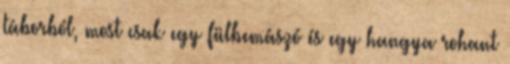
táborból, most csak egy fülbemászó és egy hangya rohant